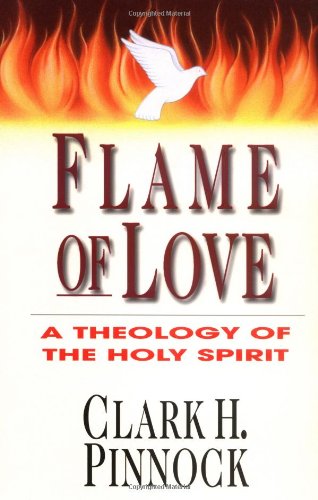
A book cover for Flame of Love: A Theology of the Holy Spirit; Clark H. Pinnock; Christian Books & Bibles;